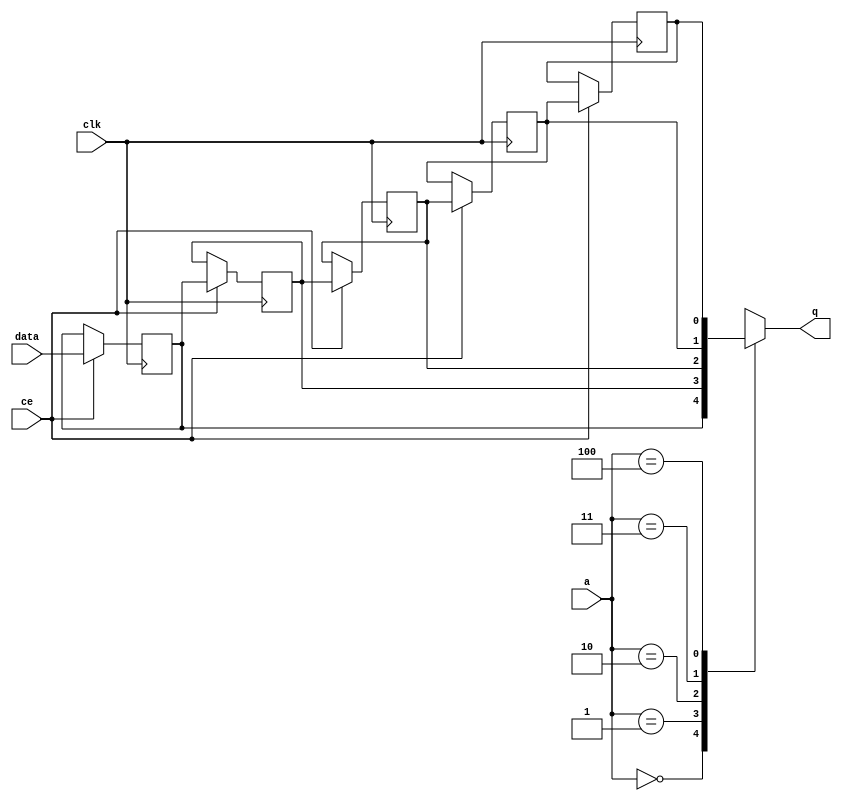
// This program was cloned from: https://github.com/mustafabbas/ECE1373_2016_hft_on_fpga
// License: MIT License

// ==============================================================
// File generated by Vivado(TM) HLS - High-Level Synthesis from C, C++ and SystemC
// Version: 2015.1
// Copyright (C) 2015 Xilinx Inc. All rights reserved.
// 
// ==============================================================


`timescale 1 ns / 1 ps

module FIFO_toe_pt_dstFifo_V_shiftReg (
    clk,
    data,
    ce,
    a,
    q);

parameter DATA_WIDTH = 32'd1;
parameter ADDR_WIDTH = 32'd3;
parameter DEPTH = 32'd5;

input clk;
input [DATA_WIDTH-1:0] data;
input ce;
input [ADDR_WIDTH-1:0] a;
output [DATA_WIDTH-1:0] q;

reg[DATA_WIDTH-1:0] SRL_SIG [0:DEPTH-1];
integer i;

always @ (posedge clk)
    begin
        if (ce)
        begin
            for (i=0;i<DEPTH-1;i=i+1)
                SRL_SIG[i+1] <= SRL_SIG[i];
            SRL_SIG[0] <= data;
        end
    end

assign q = SRL_SIG[a];

endmodule

module FIFO_toe_pt_dstFifo_V (
    clk,
    reset,
    if_empty_n,
    if_read_ce,
    if_read,
    if_dout,
    if_full_n,
    if_write_ce,
    if_write,
    if_din);

parameter MEM_STYLE = "shiftreg";
parameter DATA_WIDTH = 32'd1;
parameter ADDR_WIDTH = 32'd3;
parameter DEPTH = 32'd5;

input clk;
input reset;
output if_empty_n;
input if_read_ce;
input if_read;
output[DATA_WIDTH - 1:0] if_dout;
output if_full_n;
input if_write_ce;
input if_write;
input[DATA_WIDTH - 1:0] if_din;

wire[ADDR_WIDTH - 1:0] shiftReg_addr ;
wire[DATA_WIDTH - 1:0] shiftReg_data, shiftReg_q;
reg[ADDR_WIDTH:0] mOutPtr = {(ADDR_WIDTH+1){1'b1}};
reg internal_empty_n = 0, internal_full_n = 1;

assign if_empty_n = internal_empty_n;
assign if_full_n = internal_full_n;
assign shiftReg_data = if_din;
assign if_dout = shiftReg_q;

always @ (posedge clk) begin
    if (reset == 1'b1)
    begin
        mOutPtr <= ~{ADDR_WIDTH+1{1'b0}};
        internal_empty_n <= 1'b0;
        internal_full_n <= 1'b1;
    end
    else begin
        if (((if_read & if_read_ce) == 1 & internal_empty_n == 1) && 
            ((if_write & if_write_ce) == 0 | internal_full_n == 0))
        begin
            mOutPtr <= mOutPtr -1;
            if (mOutPtr == 0)
                internal_empty_n <= 1'b0;
            internal_full_n <= 1'b1;
        end 
        else if (((if_read & if_read_ce) == 0 | internal_empty_n == 0) && 
            ((if_write & if_write_ce) == 1 & internal_full_n == 1))
        begin
            mOutPtr <= mOutPtr +1;
            internal_empty_n <= 1'b1;
            if (mOutPtr == DEPTH-2)
                internal_full_n <= 1'b0;
        end 
    end
end

assign shiftReg_addr = mOutPtr[ADDR_WIDTH] == 1'b0 ? mOutPtr[ADDR_WIDTH-1:0]:{ADDR_WIDTH{1'b0}};
assign shiftReg_ce = (if_write & if_write_ce) & internal_full_n;

FIFO_toe_pt_dstFifo_V_shiftReg 
#(
    .DATA_WIDTH(DATA_WIDTH),
    .ADDR_WIDTH(ADDR_WIDTH),
    .DEPTH(DEPTH))
U_FIFO_toe_pt_dstFifo_V_ram (
    .clk(clk),
    .data(shiftReg_data),
    .ce(shiftReg_ce),
    .a(shiftReg_addr),
    .q(shiftReg_q));

endmodule